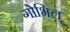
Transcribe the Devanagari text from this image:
गोभिल्